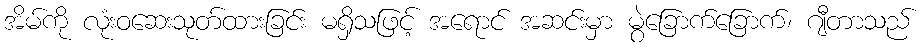
အိမ်ကို လုံးဝဆေးသုတ်ထားခြင်း မရှိသဖြင့် အရောင် အဆင်းမှာ မွဲခြောက်ခြောက်၊ ဂျီတာသည်